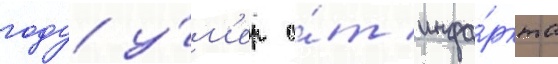
году у́м'ер о́т инфа́ркта